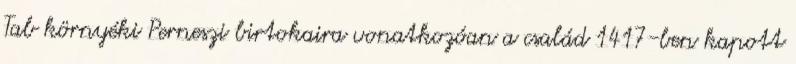
Tab környéki Perneszi birtokaira vonatkozóan a család 1417-ben kapott